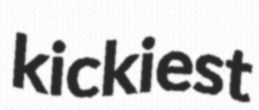
kickiest